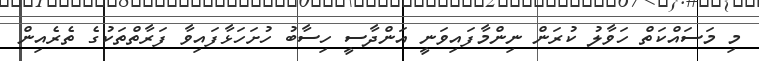
މި މަސައްކަތް ހަވާލު ކުރަން ނިންމާފައިވަނީ އަންދާސީ ހިސާބު ހުށަހަޅާފައިވާ ފަރާތްތަކުގެ ތެރެއިން